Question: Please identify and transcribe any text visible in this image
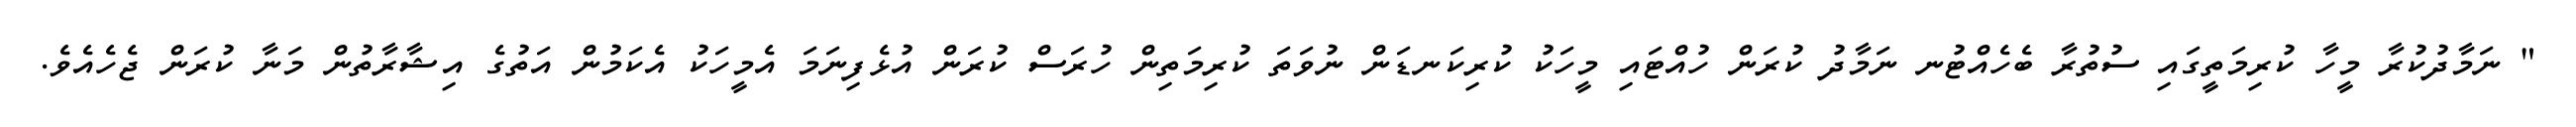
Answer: " ނަމާދުކުރާ މީހާ ކުރިމަތީގައި ސުތުރާ ބެހެއްޓުނ ނަމާދު ކުރަން ހުއްޓައި މީހަކު ކުރިކަނޑަން ނުވަތަ ކުރިމަތިން ހުރަސް ކުރަން އުޅެފިނަމަ އެމީހަކު އެކަމުން އަތުގެ އިޝާރާތުން މަނާ ކުރަން ޖެހެއެވެ.